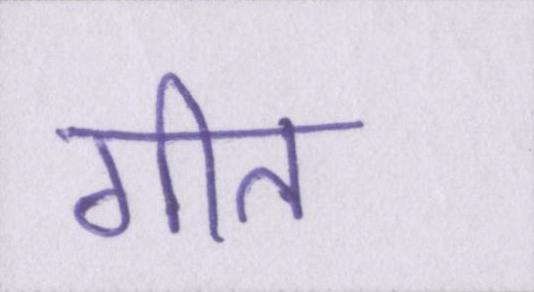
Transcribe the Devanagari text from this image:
गीत